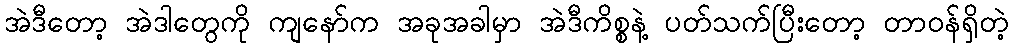
အဲဒီတော့ အဲဒါတွေကို ကျနော်က အခုအခါမှာ အဲဒီကိစ္စနဲ့ ပတ်သက်ပြီးတော့ တာဝန်ရှိတဲ့